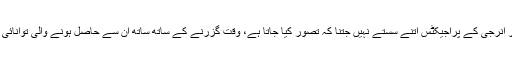
انہوں نے کہا کہ کوئلے اور سولر انرجی کے پراجیکٹس اُتنے سستے نہیں جتنا کہ تصور کیا جاتا ہے، وقت گزرنے کے ساتھ ساتھ ان سے حاصل ہونے والی توانائی صارفین کی پہنچ میں آجائے گی۔